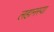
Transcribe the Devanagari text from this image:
लहानस्या